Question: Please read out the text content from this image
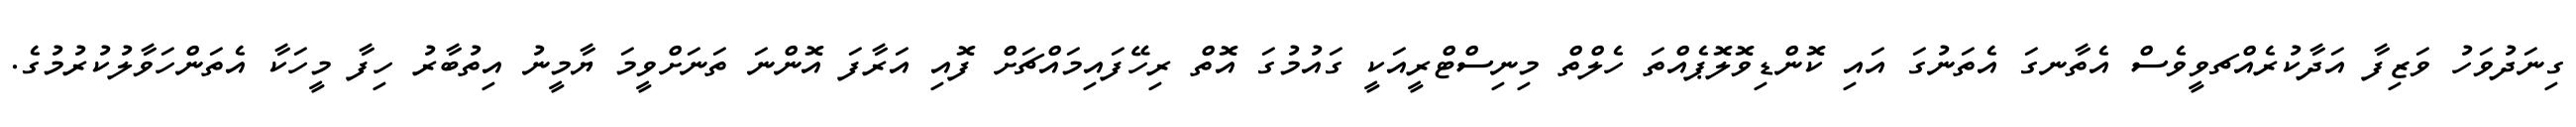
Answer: ގިނަދުވަހު ވަޒިފާ އަދާކުރެއްޗވީވެސް އެތާނގަ އެތަނުގަ އައި ކޮންޑިވޮލޮޕެއްތަ ހެލްތް މިނިސްޓްރީއަކީ ގައުމުގަ އޮތް ރިހޭފައިމައްޗަށް ފޮއި އަރާފަ އޮންނަ ތަނަށްވީމަ ޔާމީނު އިތުބާރު ހިފާ މީހަކާ އެތަންހަވާލުކުރުމުގެ.